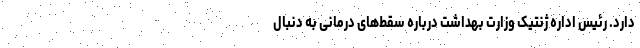
دارد. رئیس اداره ژنتیک وزارت بهداشت درباره سقط‌های درمانی به دنبال